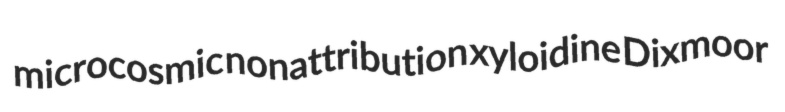
microcosmic nonattribution xyloidine Dixmoor